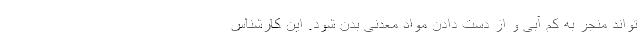
تواند منجر به کم آبی و از دست دادن مواد معدنی بدن شود. این کارشناس